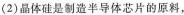
（2）晶体硅是制造半导体芯片的原料，